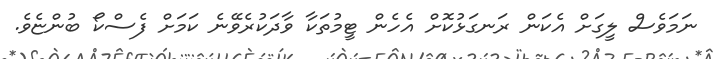
ނަމަވެސް ލީގަށް އެކަން ރަނގަޅުކޮށް އެހެން ޓީމުތަކާ ވާދަކުރެވޭނެ ކަމަށް ފެސްކޯ ބުންޏެވެ.